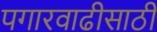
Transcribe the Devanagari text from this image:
पगारवाढीसाठी